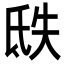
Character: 㲳